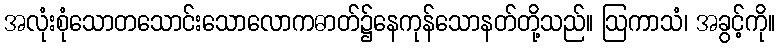
အလုံးစုံသောတသောင်းသောလောကဓာတ်၌နေကုန်သောနတ်တို့သည်။ ဩကာသံ၊ အခွင့်ကို။